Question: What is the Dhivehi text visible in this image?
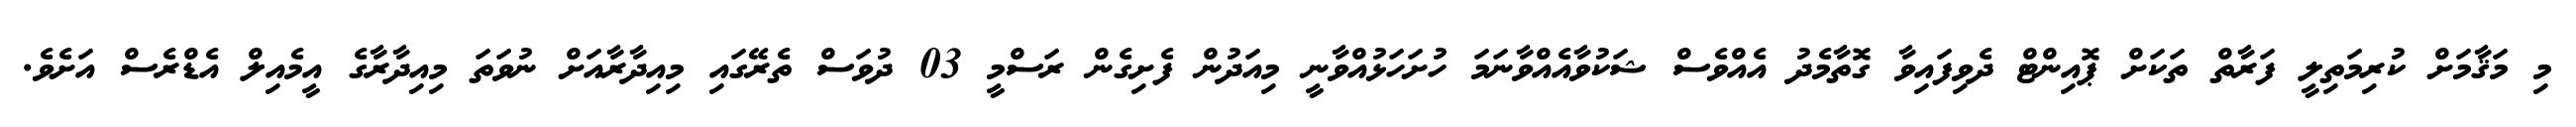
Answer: މި މަޤާމަށް ކުރިމަތިލީ ފަރާތް ތަކަށް ޕޮއިންޓް ދެވިފައިވާ ގޮތާމެދު އެއްވެސް ޝަކުވާއެއްވާނަމަ ހުށަހަޅުއްވާނީ މިއަދުން ފެށިގެން ރަސްމީ 03 ދުވަސް ތެރޭގައި މިއިދާރާއަށް ނުވަތަ މިއިދާރާގެ އީމެއިލް އެޑްރެސް އަށެވެ.